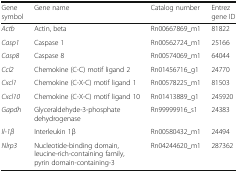
<table><thead><tr><td><b>Gene symbol</b></td><td><b>Gene name</b></td><td><b>Catalog number</b></td><td><b>Entrez gene ID</b></td></tr></thead><tbody><tr><td><i>Actb</i></td><td>Actin, beta</td><td>Rn00667869_m1</td><td>81822</td></tr><tr><td><i>Casp1</i></td><td>Caspase 1</td><td>Rn00562724_m1</td><td>25166</td></tr><tr><td><i>Casp8</i></td><td>Caspase 8</td><td>Rn00574069_m1</td><td>64044</td></tr><tr><td><i>Ccl2</i></td><td>Chemokine (C-C) motif ligand 2</td><td>Rn01456716_g1</td><td>24770</td></tr><tr><td><i>Cxcl1</i></td><td>Chemokine (C-X-C) motif ligand 1</td><td>Rn00578225_m1</td><td>81503</td></tr><tr><td><i>Cxcl10</i></td><td>Chemokine (C-X-C) motif ligand 10</td><td>Rn01413889_g1</td><td>245920</td></tr><tr><td><i>Gapdh</i></td><td>Glyceraldehyde-3-phosphate dehydrogenase</td><td>Rn99999916_s1</td><td>24383</td></tr><tr><td><i>Il-1β</i></td><td>Interleukin 1β</td><td>Rn00580432_m1</td><td>24494</td></tr><tr><td><i>Nlrp3</i></td><td>Nucleotide-binding domain, leucine-rich-containing family, pyrin domain-containing-3</td><td>Rn04244620_m1</td><td>287362</td></tr></tbody></table>